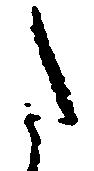
た